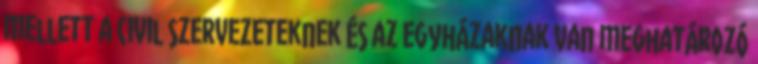
mellett a civil szervezeteknek és az egyházaknak van meghatározó